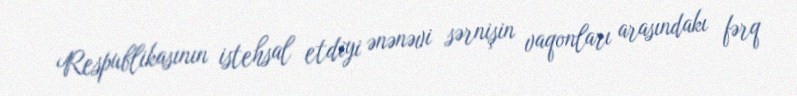
Respublikasının istehsal etdiyi ənənəvi sərnişin vaqonları arasındakı fərq